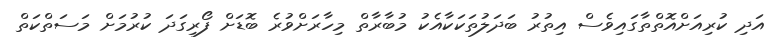
އަދި ކުރިއަށްއޮތްތާގައިވެސް އިތުރު ބަދަލުތަކަކާއެކު މުބާރާތް މިހާރަށްވުރެ ބޮޑަށް ފޯރިގަދަ ކުރުމަށް މަސަތްކަތް